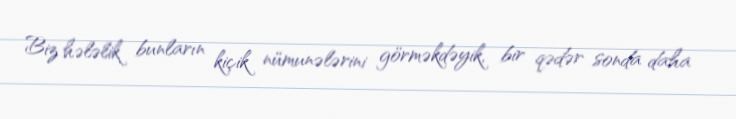
Biz hələlik bunların kiçik nümunələrini görməkdəyik, bir qədər sonda daha